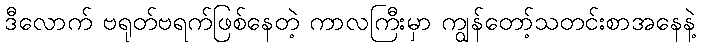
ဒီလောက် ဗရုတ်ဗရက်ဖြစ်နေတဲ့ ကာလကြီးမှာ ကျွန်တော့်သတင်းစာအနေနဲ့